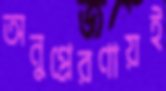
অনুপ্রেরণায়ই